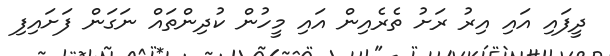
ދީފައި އައި އިރު ރަށު ތެރެއިން އައި މީހުން ކުދިންތައް ނަގަން ފަށައިފި